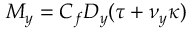
M _ { y } = C _ { f } D _ { y } ( \tau + \nu _ { y } \kappa )